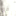
فوز